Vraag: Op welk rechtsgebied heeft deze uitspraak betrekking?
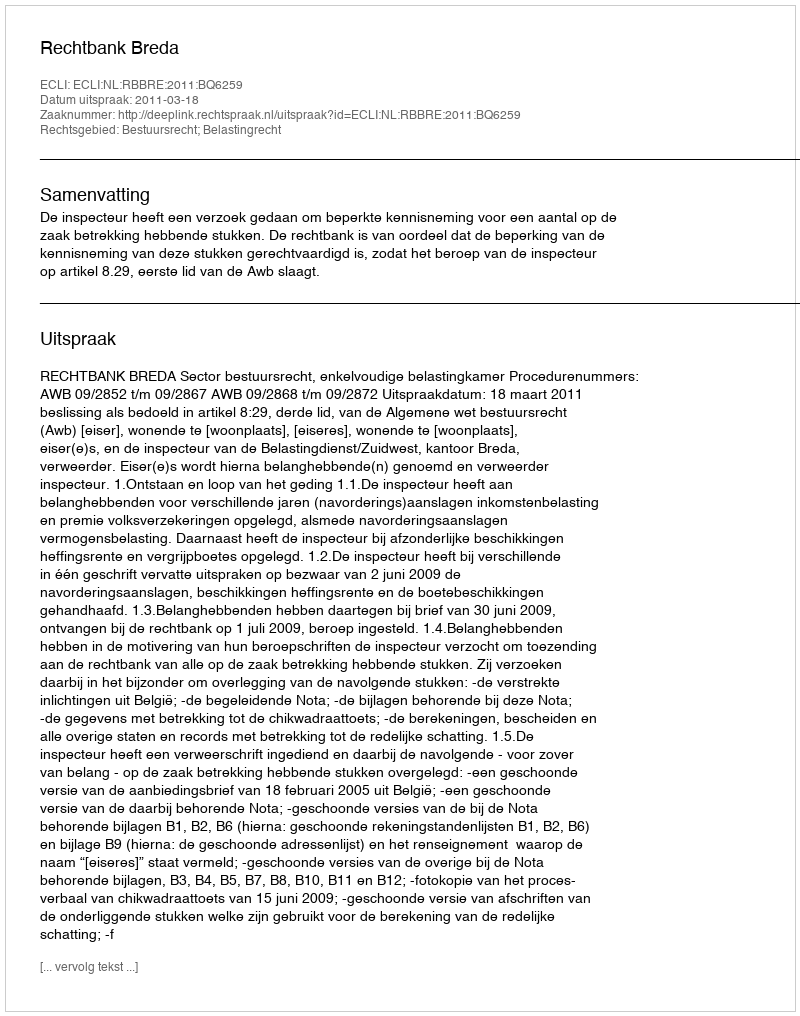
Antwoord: Bestuursrecht; Belastingrecht